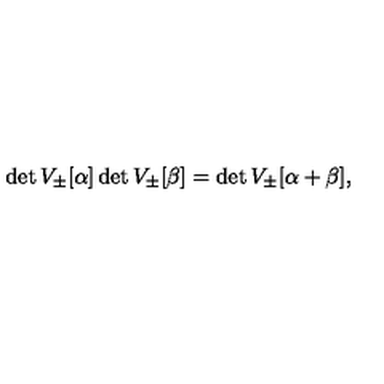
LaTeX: \det V _ { \pm } [ \alpha ] \det V _ { \pm } [ \beta ] = \det V _ { \pm } [ \alpha + \beta ] ,